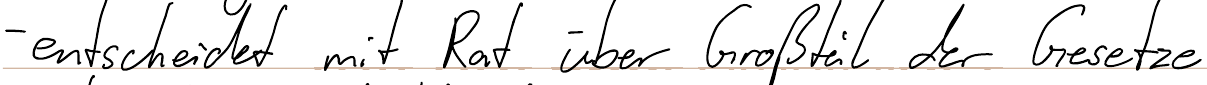
- entscheidet mit Rat über Großteil der Gesetze